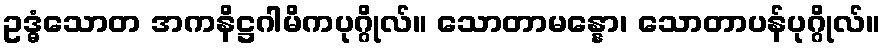
ဥဒ္ဓံသောတ အကနိဋ္ဌဂါမိကပုဂ္ဂိုလ်။ သောတာမန္နော၊ သောတာပန်ပုဂ္ဂိုလ်။